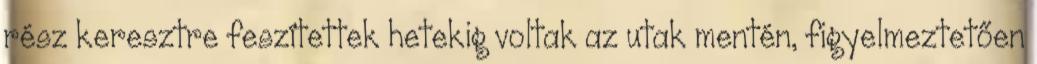
rész keresztre feszítettek hetekig voltak az utak mentén, figyelmeztetően